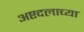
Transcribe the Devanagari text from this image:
अष्टदलाच्या